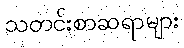
သတင်းစာဆရာများ